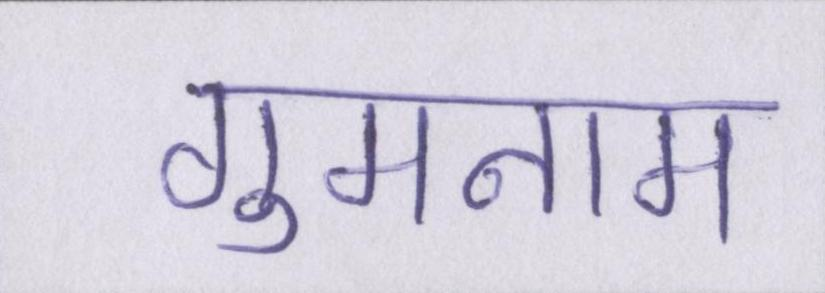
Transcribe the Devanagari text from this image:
गुमनाम